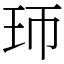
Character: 㺰